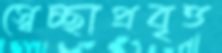
স্বেচ্ছাপ্রবৃত্ত